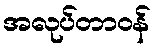
အလုပ်တာဝန်